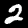
Digit: 2